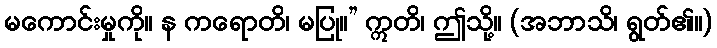
မကောင်းမှုကို။ န ကရောတိ၊ မပြု။” ဣတိ၊ ဤသို့။ (အဘာသိ၊ ရွတ်၏။)